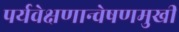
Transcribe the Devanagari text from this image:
पर्यवेक्षणान्वेषणमुखी